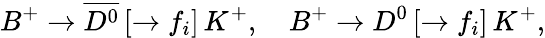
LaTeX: B^{+}\to\overline{{{D^{0}}}}\, [\to f_{i}]\, K^{+},\quad B^{+}\to D^{0}\, [\to f_{i}]\, K^{+},